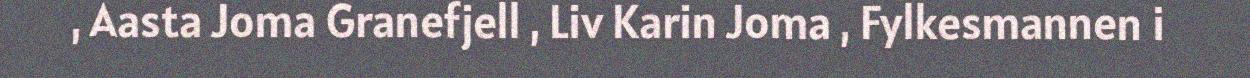
, Aasta Joma Granefjell , Liv Karin Joma , Fylkesmannen i